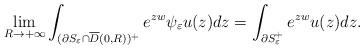
LaTeX: \begin{align*}\lim_{R\to +\infty} \int_{(\partial S_{\varepsilon} \cap \overline{D}(0,R))^+} e^{zw}\psi_{\varepsilon}u(z)dz =\int_{\partial S_{\varepsilon}^+} e^{zw} u(z)dz.\end{align*}